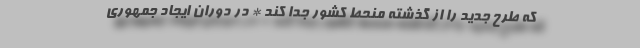
که طرح جدید را از گذشته منحط کشور جدا کند * در دوران ایجاد جمهوری